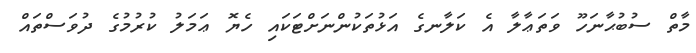
މާތް ސުބުޙާނަހޫ ވަތަޢާލާ އެ ކަލާނގެ އަޅުތަކުންނަށްޓަކައި ހެޔޮ ޢަމަލު ކުރުމުގެ ދުވަސްތައް